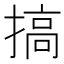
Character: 搞